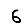
Digit: 6